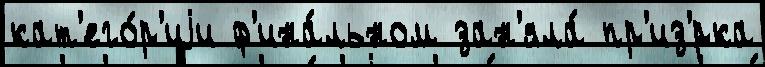
кат'его́р'иjи ф'ина́льном зан'яла́ пр'из'́рка